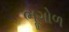
ભૂગોળ